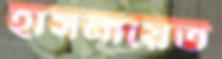
হাসনায়েত